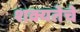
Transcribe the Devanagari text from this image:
शक्यतेचे